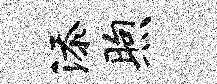
添煦